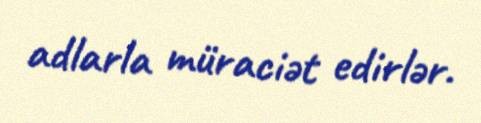
adlarla müraciət edirlər.